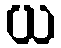
ယ